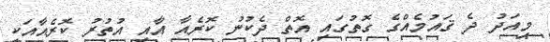
މިއަދު ދެ ޤައުމެއްގެ ގޮތުގައި އޮތް ދެކުނު ކޮރެއާ އާއި އުތުރު ކޮރެއާއަކީ